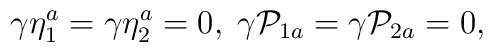
\gamma \eta _{1}^{a}=\gamma \eta _{2}^{a}=0,\;\gamma \mathcal{P}_{1a}=\gamma \mathcal{P}_{2a}=0,